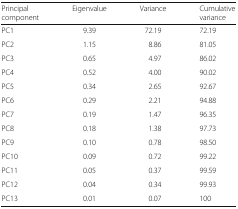
<table><thead><tr><td><b>Principal component</b></td><td><b>Eigenvalue</b></td><td><b>Variance</b></td><td><b>Cumulative variance</b></td></tr></thead><tbody><tr><td>PC1</td><td>9.39</td><td>72.19</td><td>72.19</td></tr><tr><td>PC2</td><td>1.15</td><td>8.86</td><td>81.05</td></tr><tr><td>PC3</td><td>0.65</td><td>4.97</td><td>86.02</td></tr><tr><td>PC4</td><td>0.52</td><td>4.00</td><td>90.02</td></tr><tr><td>PC5</td><td>0.34</td><td>2.65</td><td>92.67</td></tr><tr><td>PC6</td><td>0.29</td><td>2.21</td><td>94.88</td></tr><tr><td>PC7</td><td>0.19</td><td>1.47</td><td>96.35</td></tr><tr><td>PC8</td><td>0.18</td><td>1.38</td><td>97.73</td></tr><tr><td>PC9</td><td>0.10</td><td>0.78</td><td>98.50</td></tr><tr><td>PC10</td><td>0.09</td><td>0.72</td><td>99.22</td></tr><tr><td>PC11</td><td>0.05</td><td>0.37</td><td>99.59</td></tr><tr><td>PC12</td><td>0.04</td><td>0.34</td><td>99.93</td></tr><tr><td>PC13</td><td>0.01</td><td>0.07</td><td>100</td></tr></tbody></table>